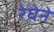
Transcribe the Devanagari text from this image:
रेघेने